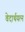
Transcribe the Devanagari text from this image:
वेदार्थयत्न